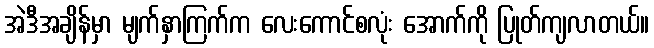
အဲဒီအချိန်မှာ မျက်နှာကြက်က လေးကောင်စလုံး အောက်ကို ပြုတ်ကျလာတယ်။